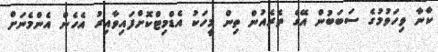
ކާނާ ވިހަވުމުގެ ސަބަބުން އޭގެ ތެރެއުން ތިން މީހަކު އެޑްމިޓްކޮށްފައިވާއިރު އެހެން އެންމެނަށް